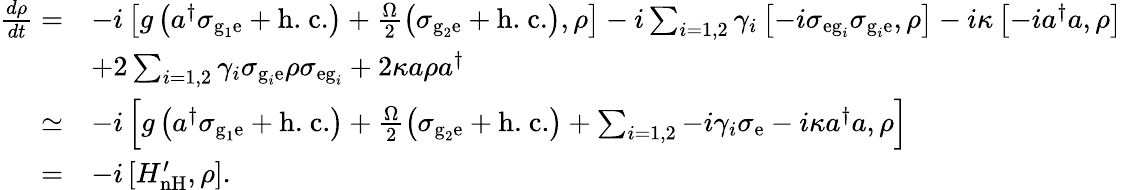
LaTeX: \begin{array}{rl}{\frac{d\rho}{dt}=}&{-i\left[g\left(a^{\dagger}\sigma_{\textrm{g}_{1}\textrm{e}}+\textrm{h.~c.}\right)+\frac{\Omega}{2}\left(\sigma_{\textrm{g}_{2}\textrm{e}}+\textrm{h.~c.}\right),\rho\right]-i\sum_{i=1,2}\gamma_{i}\left[-i\sigma_{\textrm{eg}_{i}}\sigma_{\textrm{g}_{i}\textrm{e}},\rho\right]-i\kappa\left[-ia^{\dagger}a,\rho\right]}\\ &{+2\sum_{i=1,2}{\gamma_{i}\sigma_{\textrm{g}_{i}\mathrm{e}}\rho\sigma_{\textrm{eg}_{i}}}+2\kappa a\rho a^{\dagger}}\\ {\simeq}&{-i\left[g\left(a^{\dagger}\sigma_{\textrm{g}_{1}\textrm{e}}+\textrm{h.~c.}\right)+\frac{\Omega}{2}\left(\sigma_{\textrm{g}_{2}\mathrm{e}}+\textrm{h.~c.}\right)+\sum_{i=1,2}-i\gamma_{i}\sigma_{\textrm{e}}-i\kappa a^{\dagger}a,\rho\right]}\\ {=}&{-i\left[H_{\textrm{nH}}^{\prime},\rho\right].}\end{array}